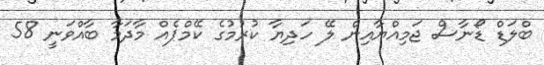
ބްލަޑް ޑޯނާސް ޖަމިއްޔާއިން ލޭ ހަދިޔާ ކުރުމުގެ ކޭމްޕެއް މާދަމާ ބާއްވަނީ 58